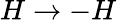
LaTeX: H\to-H